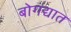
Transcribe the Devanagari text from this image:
बोगद्यात